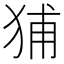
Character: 𤞨